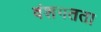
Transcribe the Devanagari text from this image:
वंशगतता